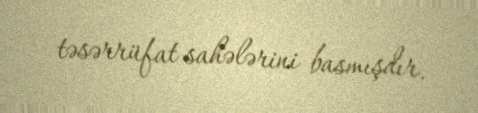
təsərrüfat sahələrini basmışdır.